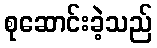
စုဆောင်းခဲ့သည်